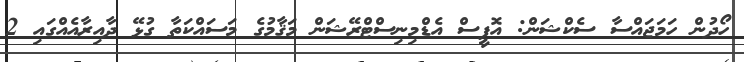
ހޯދުން ހަމަޖައްސާ ސެކްޝަން: އޮފީސް އެޑްމިނިސްޓްރޭޝަން މަޤާމުގެ މަސައްކަތާ ގުޅޭ ދާއިރާއެއްގައި 2